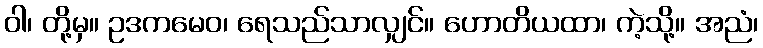
ဝါ၊ တို့မှ။ ဥဒကမေဝ၊ ရေသည်သာလျှင်။ ဟောတိယထာ၊ ကဲ့သို့။ အညံ၊